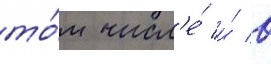
то́м числ'е́ и́ в